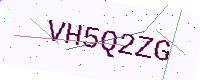
Text: VH5Q2ZG